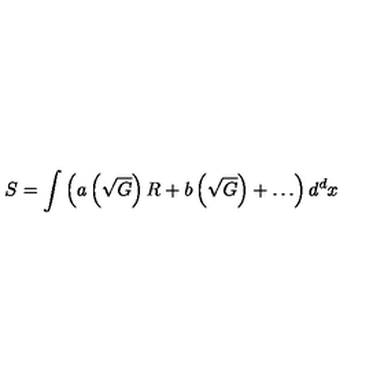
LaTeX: S = \int { \left( a \left( \sqrt { G } \right) R + b \left( \sqrt { G } \right) + \ldots \right) d ^ { d } x }